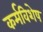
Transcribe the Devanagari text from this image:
कर्मविशेष